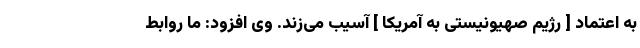
به اعتماد [ رژیم صهیونیستی به آمریکا ] آسیب می‌زند. وی افزود: ما روابط